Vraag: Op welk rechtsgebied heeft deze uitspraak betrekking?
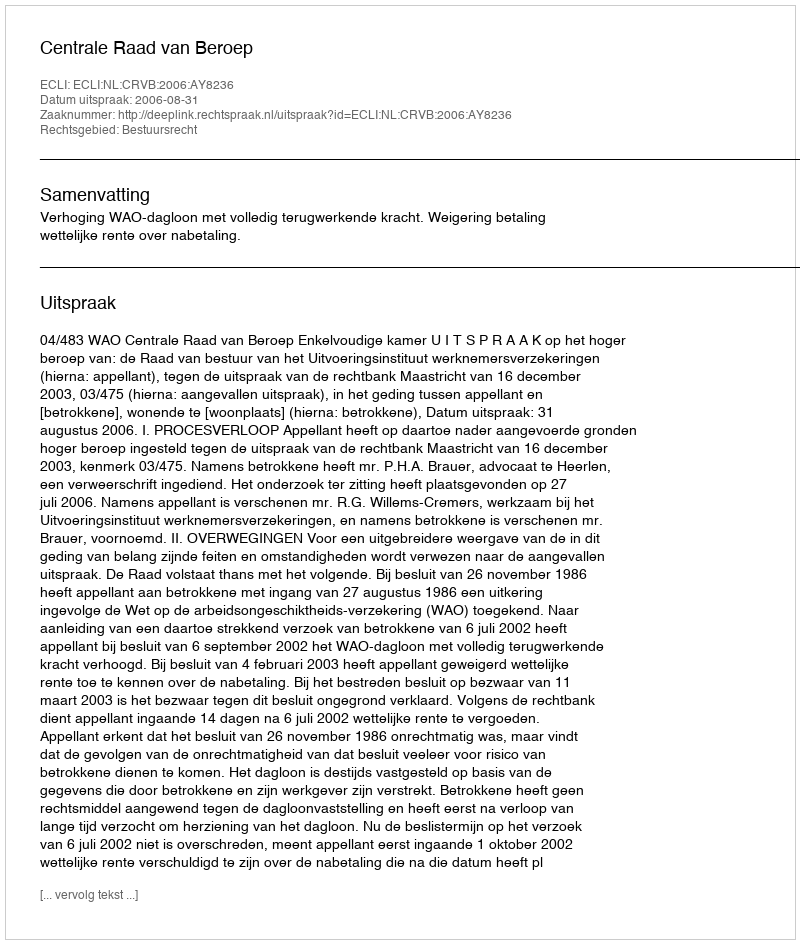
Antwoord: Bestuursrecht